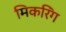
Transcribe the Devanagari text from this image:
मिकरिंग